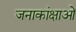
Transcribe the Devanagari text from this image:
जनाकांक्षाओं